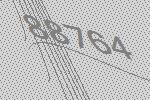
88764